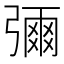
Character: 𭛅